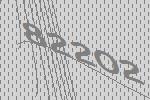
82202